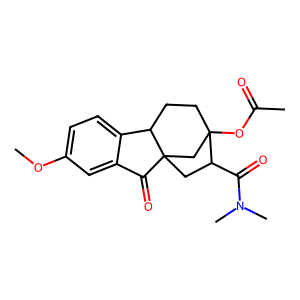
SMILES: COc1ccc2c(c1)C(=O)C13CC(C(=O)N(C)C)C(OC(C)=O)(CCC21)C3
Inhibits HIV replication: No